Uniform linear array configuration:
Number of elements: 24
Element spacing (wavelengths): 0.25
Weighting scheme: binomial
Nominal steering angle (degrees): -30
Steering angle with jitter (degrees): -31.917
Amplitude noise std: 0.05
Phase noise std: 0.05

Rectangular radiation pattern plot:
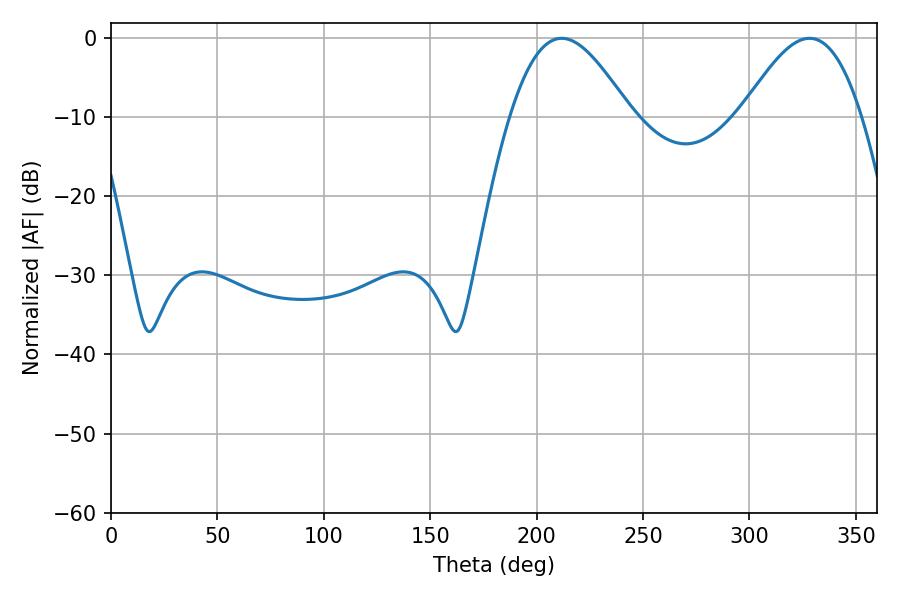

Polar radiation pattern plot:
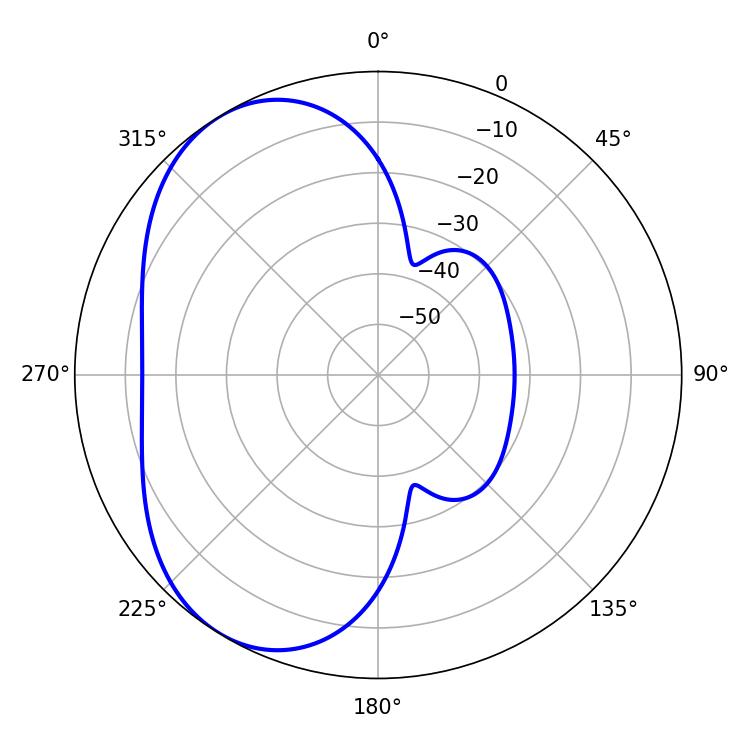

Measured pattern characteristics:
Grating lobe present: FALSE
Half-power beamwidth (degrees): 30.6
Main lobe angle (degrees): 328.32